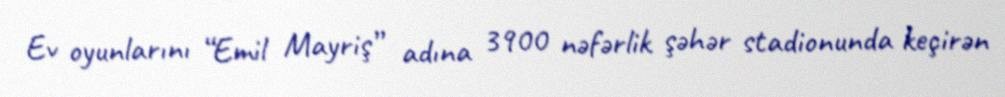
Ev oyunlarını “Emil Mayriş” adına 3900 nəfərlik şəhər stadionunda keçirən